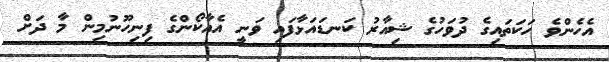
އެހެންވެ ހަކަތައިގެ ދުވަހުގެ ޝިއާރު ކަނޑައަޅާފައި ވަނީ އެއާކޯންގެ ފިނިހޫނުމިން މާ ދަށް